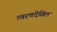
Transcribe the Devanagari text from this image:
त्वरणदेखिल